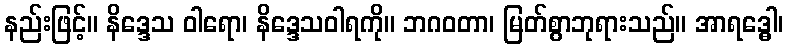
နည်းဖြင့်။ နိဒ္ဒေသ ဝါရော၊ နိဒ္ဒေသဝါရကို။ ဘဂဝတာ၊ မြတ်စွာဘုရားသည်။ အာရဒ္ဓေါ၊